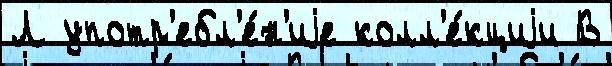
Л употр'ебл'е́н'иjе колл'е́кциjи В